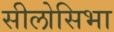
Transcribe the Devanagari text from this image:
सीलोसिभा